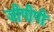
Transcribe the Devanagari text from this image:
जीपीपी